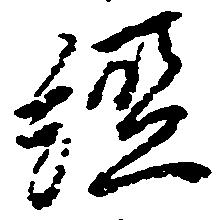
経